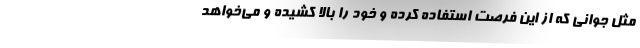
مثل جوانی که از این فرصت استفاده کرده و خود را بالا کشیده و می‌خواهد